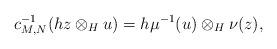
LaTeX: \begin{align*}c^{-1}_{M,N}(hz\otimes_H u)=h\mu^{-1}(u)\otimes_H\nu(z),\end{align*}